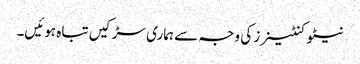
نیٹو کنٹینرز کی وجہ سے ہماری سڑکیں تباہ ہوئیں۔